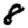
Digit: 8